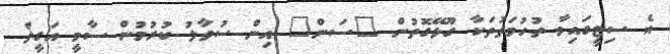
އެ ސިޓީގައިވާ ތުހުމަތުތަކާ ގޫޅޭގޮތުން "ސަަން" އިން ސުވާލު ކުރުުުމުން ސާމީ އަގީލް